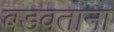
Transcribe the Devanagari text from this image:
बडवतांना